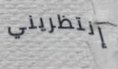
إنتظريني